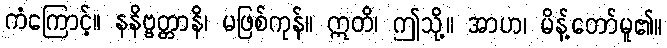
ကံကြောင့်။ နနိဗ္ဗတ္တာနိ၊ မဖြစ်ကုန်။ ဣတိ၊ ဤသို့။ အာဟ၊ မိန့်တော်မူ၏။